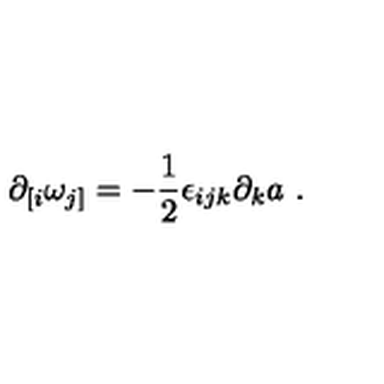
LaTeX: \partial _ { [ i } \omega _ { j ] } = - { \frac { 1 } { 2 } } \epsilon _ { i j k } \partial _ { k } a \ .